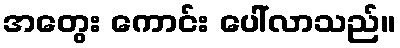
အတွေး ကောင်း ပေါ်လာသည်။